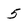
Character: 5